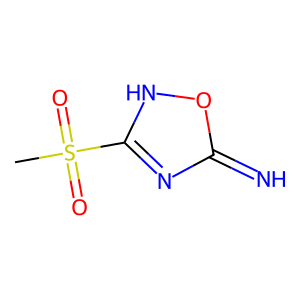
SMILES: CS(=O)(=O)c1nc(=N)o[nH]1
Inhibits HIV replication: No